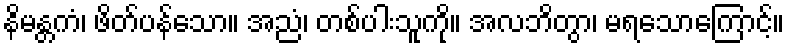
နိမန္တကံ၊ ဖိတ်ပန်သော။ အညံ၊ တစ်ပါးသူကို။ အလဘိတွာ၊ မရသောကြောင့်။